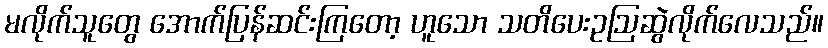
မလိုက်သူတွေ အောက်ပြန်ဆင်းကြတော့ ဟူသော သတိပေးဥဩဆွဲလိုက်လေသည်။